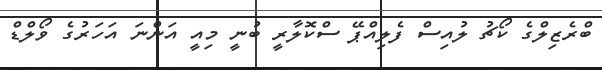
ބްރެޒިލްގެ ކޯޗު ލުއިސް ފެލިއްޕޭ ސްކޮލާރީ ބުނީ މިއީ އަންނަ އަހަރުގެ ވޯލްޑް